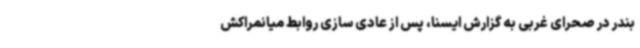
بندر در صحرای غربی به گزارش ایسنا، پس از عادی سازی روابط میانمراکش